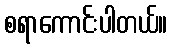
စရာကောင်းပါတယ်။